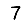
Digit: 7